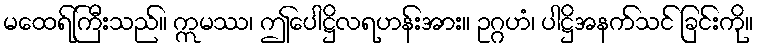
မထေရ်ကြီးသည်။ ဣမဿ၊ ဤပေါဋ္ဌိလရဟန်းအား။ ဥဂ္ဂဟံ၊ ပါဋ္ဌိအနက်သင် ခြင်းကို။